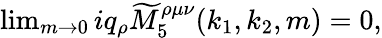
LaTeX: \begin{array}{r}{\operatorname*{lim}_{m\rightarrow 0}iq_{\rho}\widetilde{M}_{5}^{\rho\mu\nu}(k_{1},k_{2},m)=0,}\end{array}